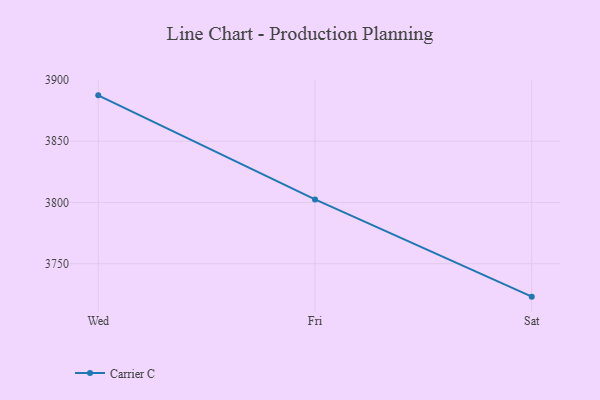
{"axis": {"x": "Day", "y": "Customer Acquisition Cost (USD)"}, "legend": ["Carrier C"], "data": [{"x": "Wed", "y": 3887.5, "type": "Carrier C"}, {"x": "Fri", "y": 3802.5, "type": "Carrier C"}, {"x": "Sat", "y": 3723.1, "type": "Carrier C"}]}